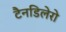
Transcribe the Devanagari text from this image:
टैनडिलेरो